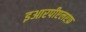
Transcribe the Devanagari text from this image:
इआरपीएलएफ़